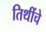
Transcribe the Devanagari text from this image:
तिथींचे